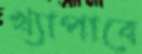
খ্যাপাবে